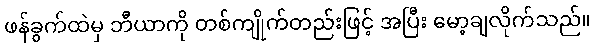
ဖန်ခွက်ထဲမှ ဘီယာကို တစ်ကျိုက်တည်းဖြင့် အပြီး မော့ချလိုက်သည်။